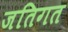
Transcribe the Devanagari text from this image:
जतिगत